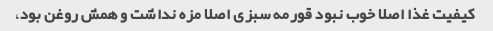
کیفیت غذا اصلا خوب نبود قورمه سبزی اصلا مزه نداشت و همش روغن بود،